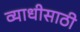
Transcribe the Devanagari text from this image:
व्याधीसाठी